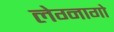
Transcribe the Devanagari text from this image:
लेग्नागो